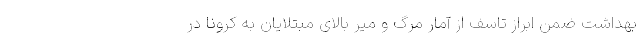
بهداشت ضمن ابراز تاسف از آمار مرگ و میر بالای مبتلایان به کرونا در